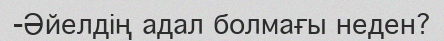
-Әйелдің адал болмағы неден?